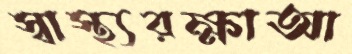
স্বাস্থ্যরক্ষাআ